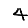
Digit: 4